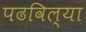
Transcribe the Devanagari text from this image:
पढविल्या